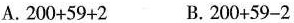
A. $$2 0 0 + 5 9 + 2$$ B. $$2 0 0 + 5 9 - 2$$